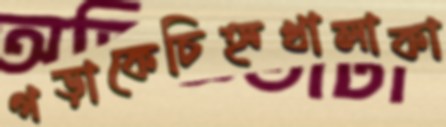
গড়াকেচিহ্নখালাকা